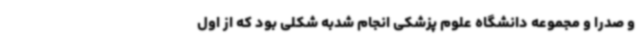
و صدرا و مجموعه دانشگاه علوم پزشکی انجام شدبه شکلی بود که از اول